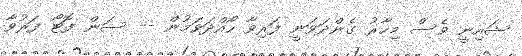
ޝައިނީ ވެސް މިހާރު ގެންދަވަނީ ފަރިވާ ހޯއްދަވަމުން -- ސަން ފޮޓޯ ފަރުވާ